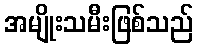
အမျိုးသမီးဖြစ်သည်